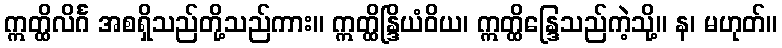
ဣတ္ထိလိင်္ဂ အစရှိသည်တို့သည်ကား။ ဣတ္ထိန္ဒြိယံဝိယ၊ ဣတ္ထိန္ဒြေသည်ကဲ့သို့။ န၊ မဟုတ်။